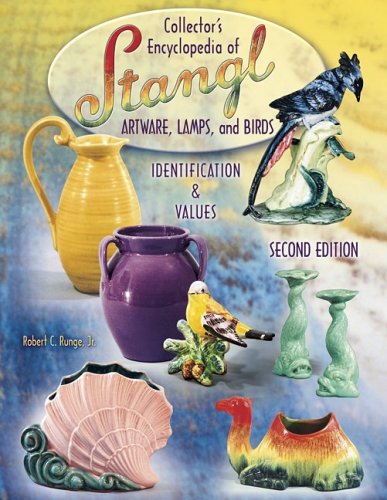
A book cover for Collector's Encyclopedia Of Stangl Artware, Lamps, and Birds: Identification & Values (Collector's Encyclopedia of Stangl Artware, Lamps, and Birds) 2nd Edition; Robert C. Runge; Crafts, Hobbies & Home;